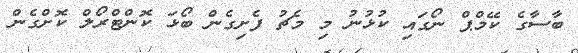
ބާސާގެ ކޭމްޕް ނޯގައި ކުޅުނު މި މެޗު ފެށިގެން ބޯޅަ ކޮންޓްރޯލް ކޮށްގެން